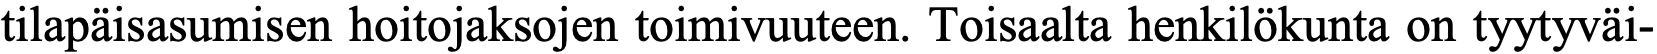
tilapäisasumisen hoitojaksojen toimivuuteen. Toisaalta henkilökunta on tyytyväi-